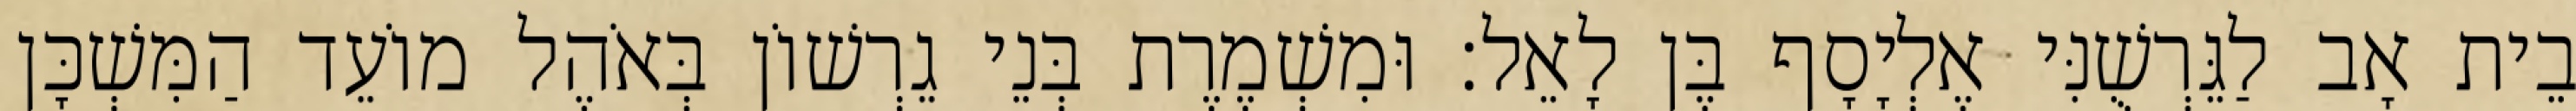
בֵית אָב לַגֵּרְשֻׁנִּי אֶלְיָסָף בֶּן לָאֵל׃ וּמִשְׁמֶרֶת בְּנֵי גֵרְשׁוֹן בְּאֹהֶל מוֹעֵד הַמִּשְׁכָּן